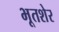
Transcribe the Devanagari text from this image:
भूतशेर